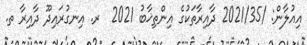
އިއުލާން: /2021/35 ދާއިރާތަކުގެ އިންތިޚާބު 2021  ރ. އިނގުރައިދޫ ދާއިރާ ތ.